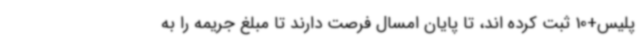
پلیس+10 ثبت کرده اند، تا پایان امسال فرصت دارند تا مبلغ جریمه را به